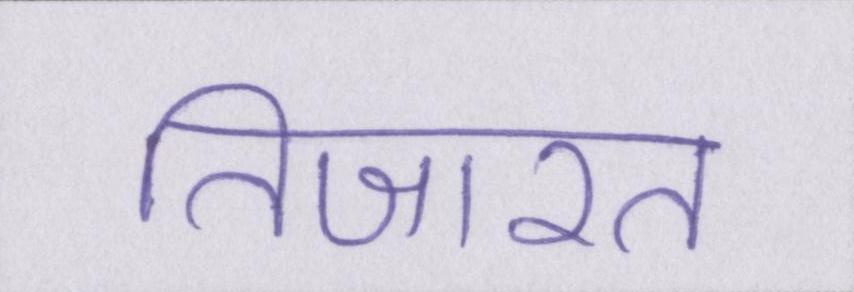
तिजारत